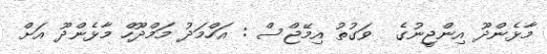
މާޅެންދޫ އިންޖީނުގެ  ވަގުތު އިމޭޖްސް : އަހްމަދު މަމްދޫހް މާޅެންދޫ އަށް